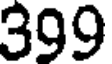
399